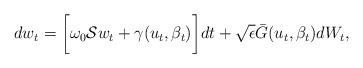
LaTeX: \begin{align*}dw_t = \bigg[\omega_0\mathcal{S}w_t + \gamma(u_t,\beta_t) \bigg]dt+\sqrt{\epsilon} \bar{G}(u_t,\beta_t)dW_t,\end{align*}